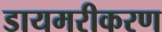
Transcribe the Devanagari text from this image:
डायमरीकरण